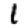
Digit: 1